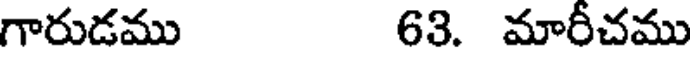
గారుడము 63. మారీచము